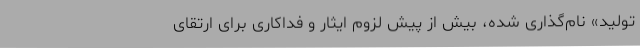
تولید» نام‌گذاری شده، بیش از پیش لزوم ایثار و فداکاری برای ارتقای